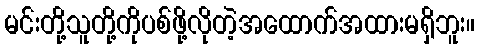
မင်းတို့သူတို့ကိုပစ်ဖို့လိုတဲ့အထောက်အထားမရှိဘူး။